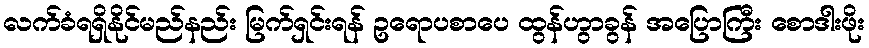
လက်ခံရရှိနိုင်မည်နည်း မြက်ရှင်းရန် ဥရောပစာပေ ထွန်ဟွာခွန် အပြောကြီး စောဒါးဖိုး